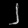
Digit: ၂